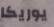
يوريكا